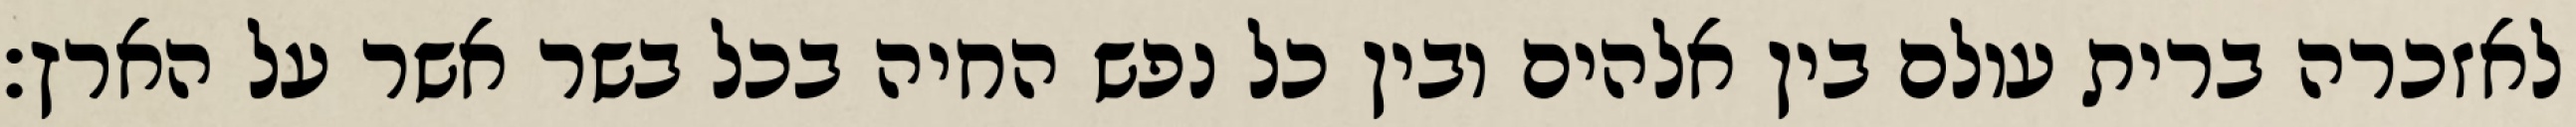
לאזכרה ברית עולם בין אלהים ובין כל נפש החיה בכל בשר אשר על הארץ׃